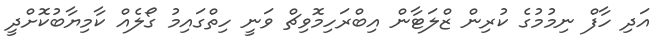
އަދި ހާފް ނިމުމުގެ ކުރިން ޒްލަޓާން އިބްރަހިމޮވިޗް ވަނީ ހިތްގައިމު ގޯލެއް ކާމިޔާބުކޮށްދީ